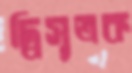
দ্বিসূত্রক